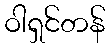
ဝါရှင်တန်